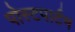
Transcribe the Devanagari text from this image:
पोस्‍टपार्टम